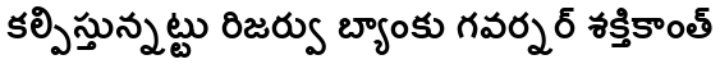
కల్పిస్తున్నట్టు రిజర్వు బ్యాంకు గవర్నర్ శక్తికాంత్